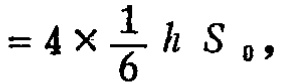
$=4\times\frac{1}{6}h\ S_{0},$